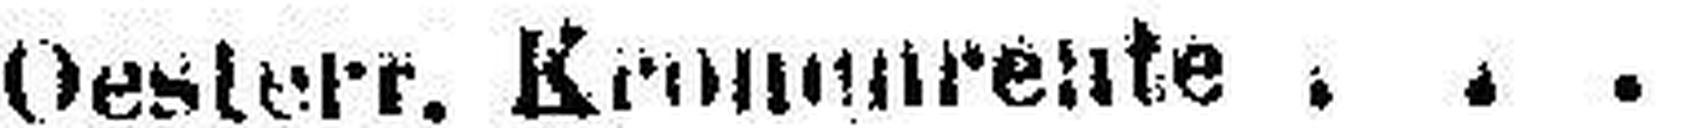
Oesterr. Kronenrente